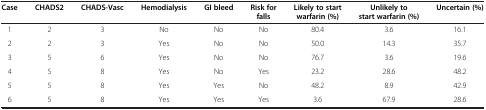
<table><thead><tr><td><b>Case</b></td><td><b>CHADS2</b></td><td><b>CHADS-Vasc</b></td><td><b>Hemodialysis</b></td><td><b>GI bleed</b></td><td><b>Risk for falls</b></td><td><b>Likely to start warfarin (%)</b></td><td><b>Unlikely to start warfarin (%)</b></td><td><b>Uncertain (%)</b></td></tr></thead><tbody><tr><td>1</td><td>2</td><td>3</td><td>No</td><td>No</td><td>No</td><td>80.4</td><td>3.6</td><td>16.1</td></tr><tr><td>2</td><td>2</td><td>3</td><td>Yes</td><td>No</td><td>No</td><td>50.0</td><td>14.3</td><td>35.7</td></tr><tr><td>3</td><td>5</td><td>6</td><td>Yes</td><td>No</td><td>No</td><td>76.7</td><td>3.6</td><td>19.6</td></tr><tr><td>4</td><td>5</td><td>8</td><td>Yes</td><td>No</td><td>Yes</td><td>23.2</td><td>28.6</td><td>48.2</td></tr><tr><td>5</td><td>5</td><td>8</td><td>Yes</td><td>Yes</td><td>No</td><td>48.2</td><td>8.9</td><td>42.9</td></tr><tr><td>6</td><td>5</td><td>8</td><td>Yes</td><td>Yes</td><td>Yes</td><td>3.6</td><td>67.9</td><td>28.6</td></tr></tbody></table>